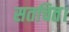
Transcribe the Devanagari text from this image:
सतचित।